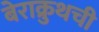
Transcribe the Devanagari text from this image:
बेराक्रुथची